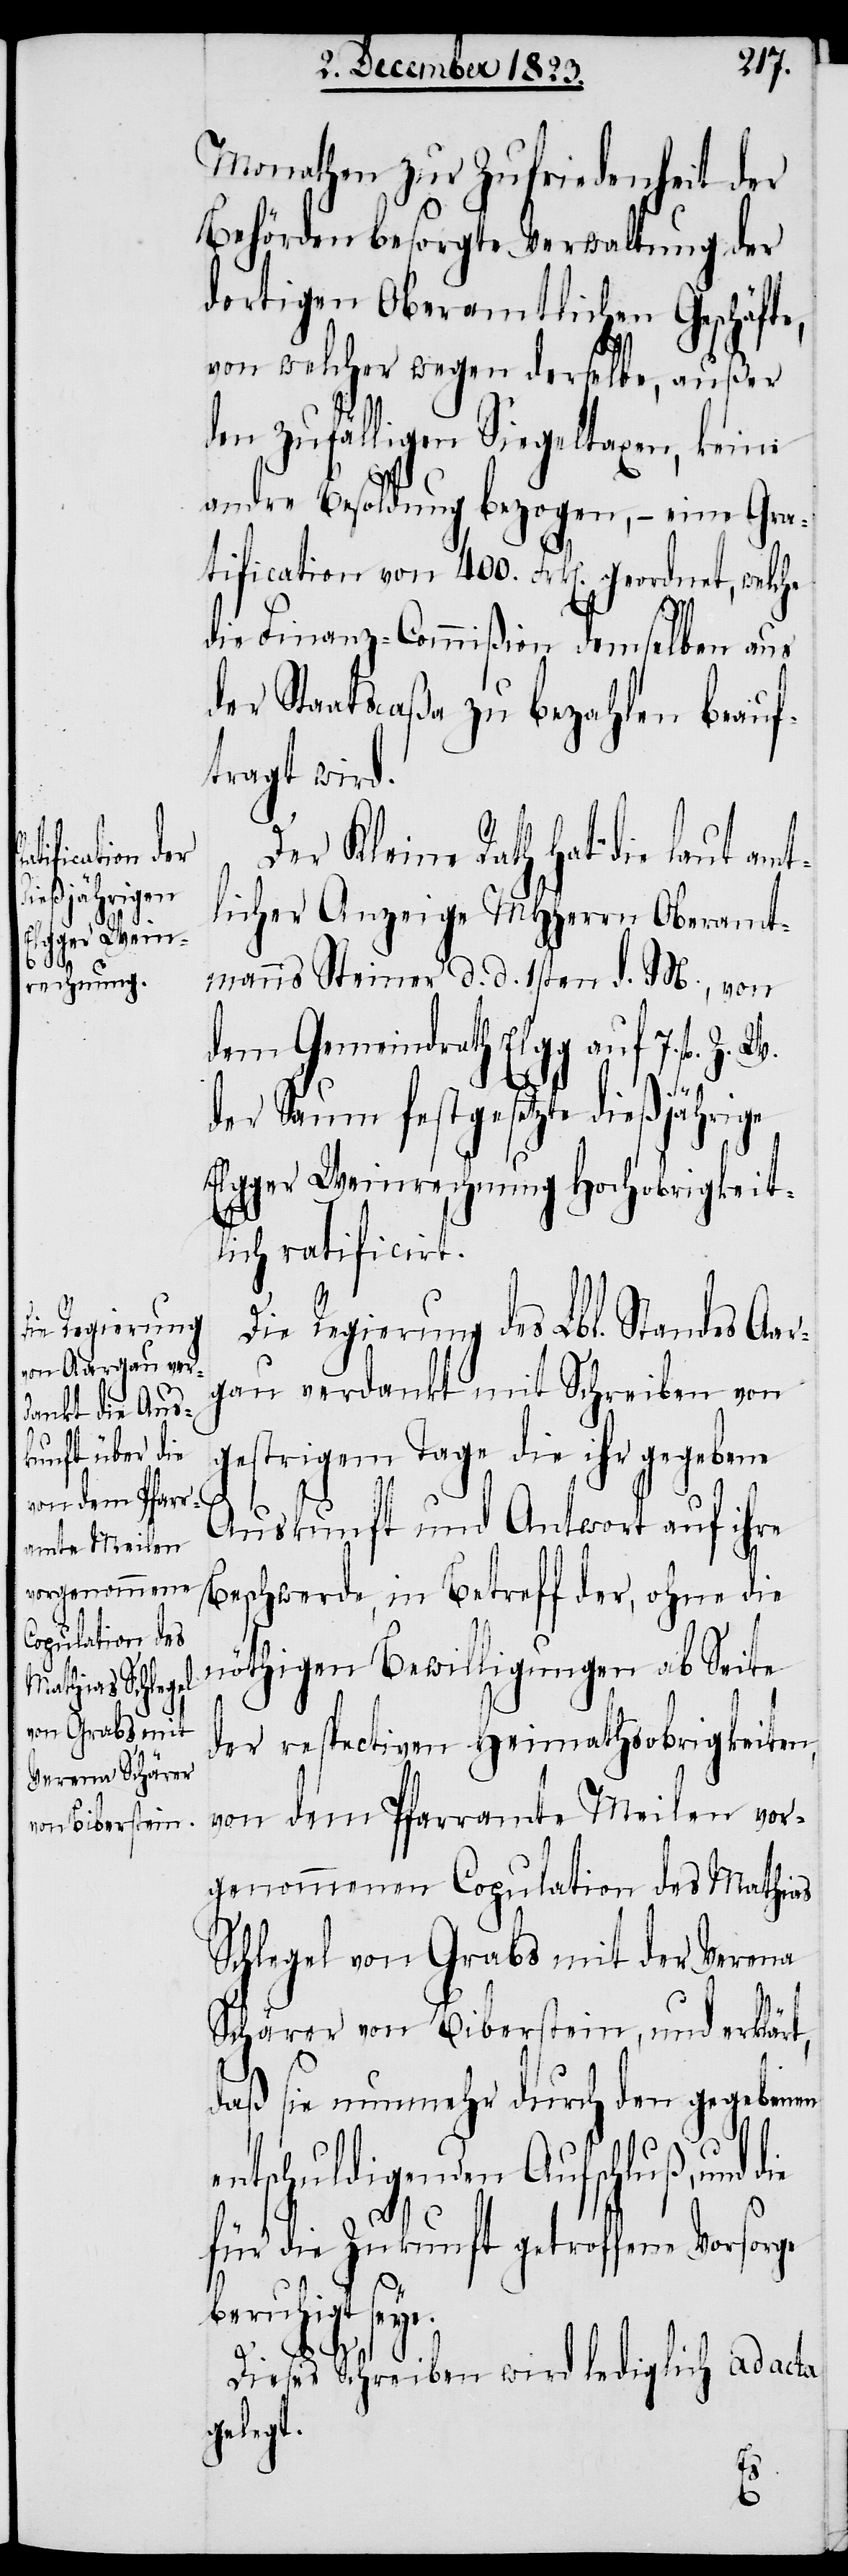
Die Regierung
Standes Aar¬

Monathen zur Zufriedenheit der
Behörden besorgte Verwaltung der
dortigen Oberamtlichen Geschäfte,
von welcher wegen derselbe, außer
den zufälligen Siegeltaxen, keine
andre Besoldung bezogen, − eine Gra¬
tification von 400. Frk[en]. geordnet, welche
die Finanz-Commißion demselben aus
der Staatscaßa zu bezahlen beauf¬
tragt wird.
Der Kleine Rath hat die laut amt¬
licher Anzeige MHHerrn Oberamt¬
manns Steiner d. d. 1sten d. M, von
dem Gemeindrath Elgg auf 7. fl Z. W.
des
der Saum festgesetzte dießjährige
Elgger Weinrechnung Hochobrigkeit¬
lich ratificirt.
gau verdankt mit Schreiben von
gestrigem Tage die ihr gegebene
Auskunft und Antwort auf ihre
Beschwerde, in Betreff der, ohne die
nöthigen Bewilligungen ab Seite
der respectiven Heimathsobrigkeiten,
von dem Pfarramte Meilen vor¬
genommenen Copulation des Mathias
Schlegel von Grabs mit der Verena
Schärer von Biberstein, und erklärt,
daß sie nunmehr durch den gegebenen
entschuldigenden Aufschluß, und
für die Zukunft getroffene Vorsorge
beruhigt seye.
Lbl.
Dieses Schreiben wird lediglich ad acta
gelegt.